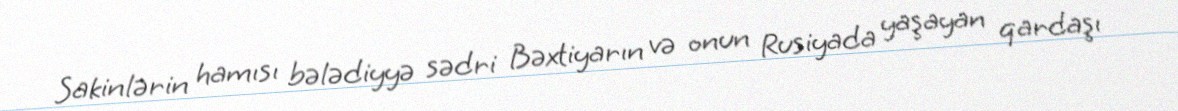
Sakinlərin hamısı bələdiyyə sədri Bəxtiyarın və onun Rusiyada yaşayan qardaşı